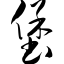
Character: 堡